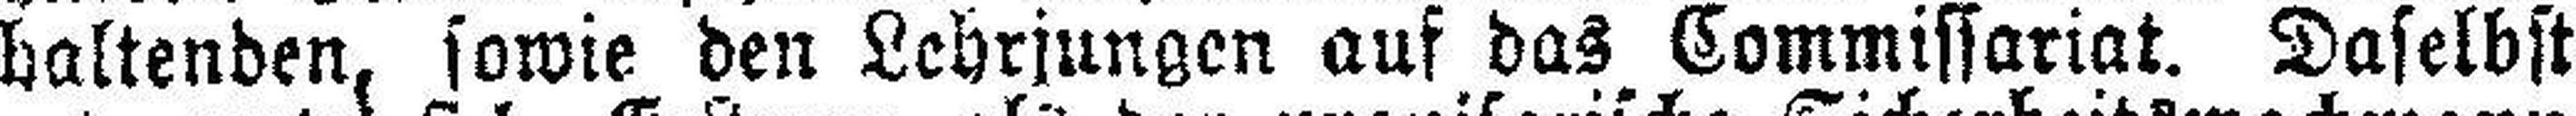
haltenden, sowie den Lehrjungen auf das Commissariat. Daselbst